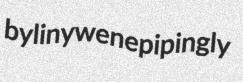
byliny wene pipingly